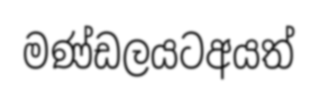
මණ්ඩලයටඅයත්